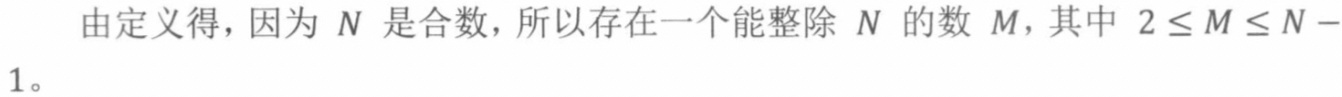
由定义得，因为 $N$ 是合数，所以存在一个能整除 $N$ 的数 $M$，其中 $2 \leq M \leq N - 1$。